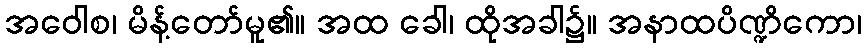
အဝေါစ၊ မိန့်တော်မူ၏။ အထ ခေါ၊ ထိုအခါ၌။ အနာထပိဏ္ဍိကော၊